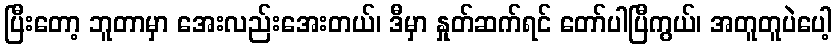
ပြီးတော့ ဘူတာမှာ အေးလည်းအေးတယ်၊ ဒီမှာ နှုတ်ဆက်ရင် တော်ပါပြီကွယ်၊ အတူတူပဲပေါ့